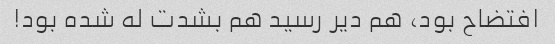
افتضاح بود، هم دیر رسید هم بشدت له شده بود!